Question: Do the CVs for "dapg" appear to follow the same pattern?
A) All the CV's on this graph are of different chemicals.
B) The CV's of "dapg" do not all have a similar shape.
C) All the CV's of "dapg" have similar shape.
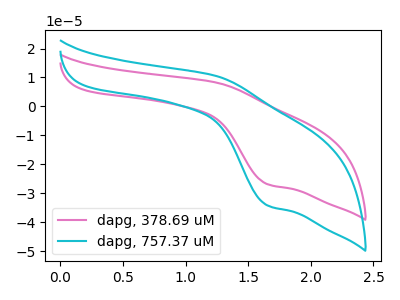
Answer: <think>The pink curve "dapg, 378.69 uM" has an anodic peak at (1.25V, 8.30uA) and a cathodic peak at (1.65V, -26.85uA). The cyan curve "dapg, 757.37 uM" has an anodic peak at (1.25V, 10.55uA) and a cathodic peak at (1.65V, -34.20uA).
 All the peaks in "dapg, 378.69 uM" have a peak in "dapg, 757.37 uM" at the same potential. Every peak in "dapg, 378.69 uM" is lower than every peak in "dapg, 757.37 uM".</think>
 <answer>C) All the CV's of "dapg" have similar shape.</answer>
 <eval>C</eval>